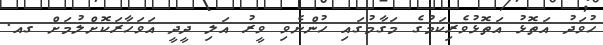
ހުވަދު އަތޮޅު އަތޮޅުވެރިކަމުގެ މަގާމުގައި ހުންނެވި ވީރު އަލި ދީދީ އަވަހާރަކޮށްލުމަށް ގއ.